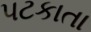
પટકાતા